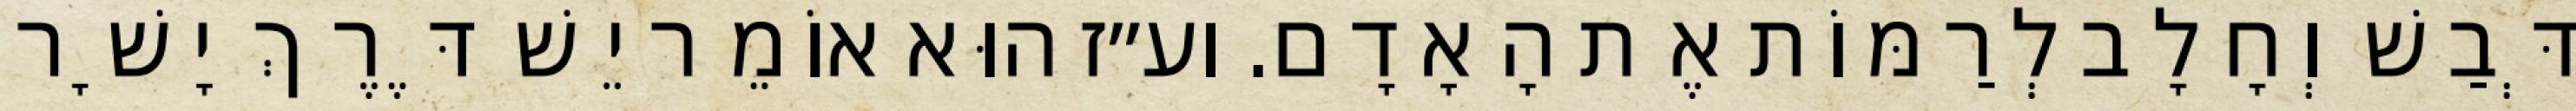
דְּבַשׁ וְחָלָב לְרַמּוֹת אֶת הָאָדָם. וע״ז הוּא אוֹמֵר יֵשׁ דֶּרֶךְ יָשָׁר